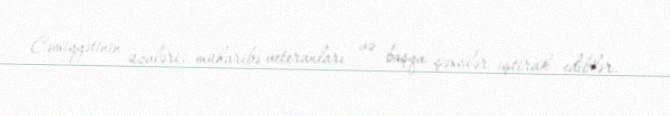
Cəmiyyətinin üzvləri, müharibə veteranları və başqa şəxslər iştirak ediblər.